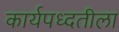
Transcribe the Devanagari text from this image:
कार्यपध्दतीला